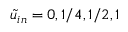
\tilde { u } _ { i n } = 0 , 1 / 4 , 1 / 2 , 1